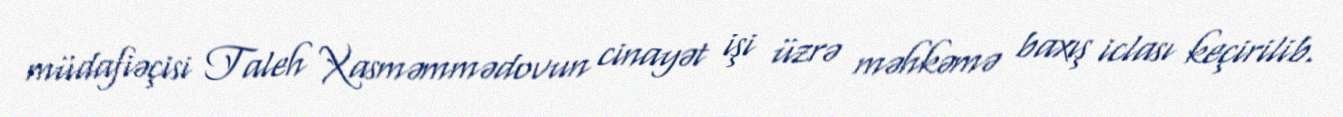
müdafiəçisi Taleh Xasməmmədovun cinayət işi üzrə məhkəmə baxış iclası keçirilib.